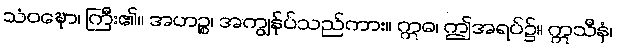
သံဝဍ္ဎော၊ ကြီး၏။ အဟဉ္စ၊ အကျွန်ုပ်သည်ကား။ ဣဓ၊ ဤအရပ်၌။ ဣသီနံ၊